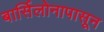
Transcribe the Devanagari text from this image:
बार्सिलोनापासून